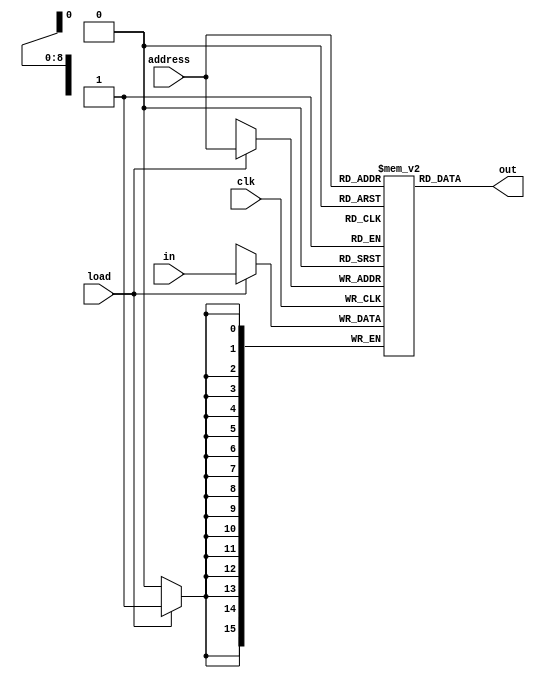
module ram512_optimized (
  input [15:0] in,
  input [8:0] address,
  input load,
  input clk,
  output [15:0] out
);
  reg[15:0] memory[0:511];

  assign out = memory[address];

  always @(posedge clk) begin
    if (load) memory[address] <= in;
  end
endmodule